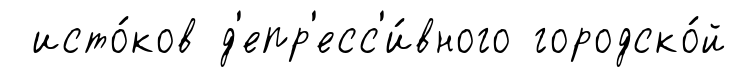
исто́ков д'епр'есс'и́вного городско́й